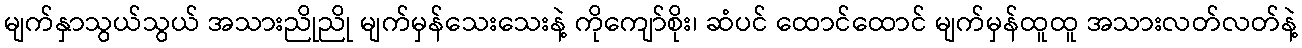
မျက်နှာသွယ်သွယ် အသားညိုညို မျက်မှန်သေးသေးနဲ့ ကိုကျော်စိုး၊ ဆံပင် ထောင်ထောင် မျက်မှန်ထူထူ အသားလတ်လတ်နဲ့